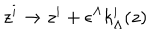
z ^ { i } \to z ^ { i } + \epsilon ^ { \Lambda } k _ { \Lambda } ^ { i } ( z )